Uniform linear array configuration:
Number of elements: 12
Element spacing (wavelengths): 0.25
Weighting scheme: exponential
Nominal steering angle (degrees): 60
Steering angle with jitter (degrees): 60.95
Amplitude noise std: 0.05
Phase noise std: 0.05

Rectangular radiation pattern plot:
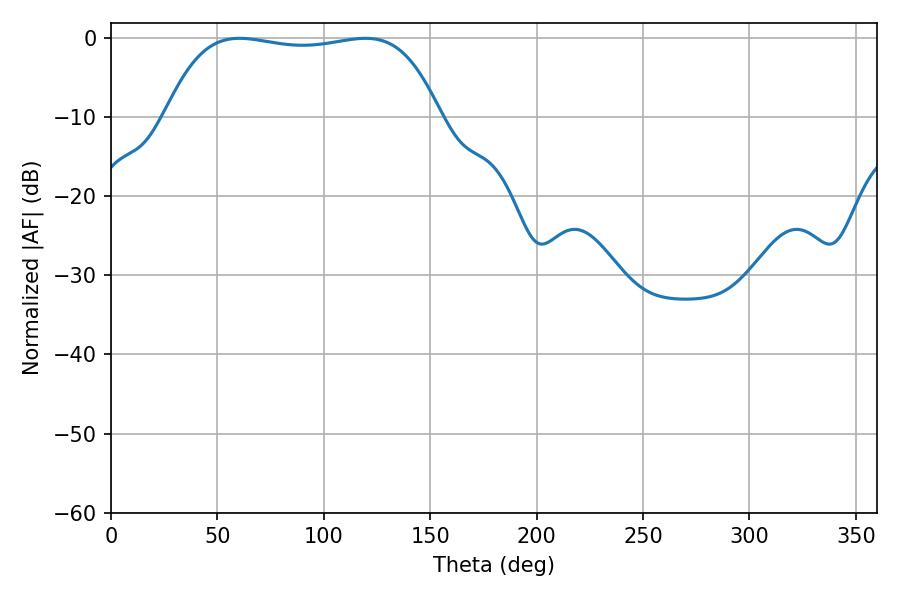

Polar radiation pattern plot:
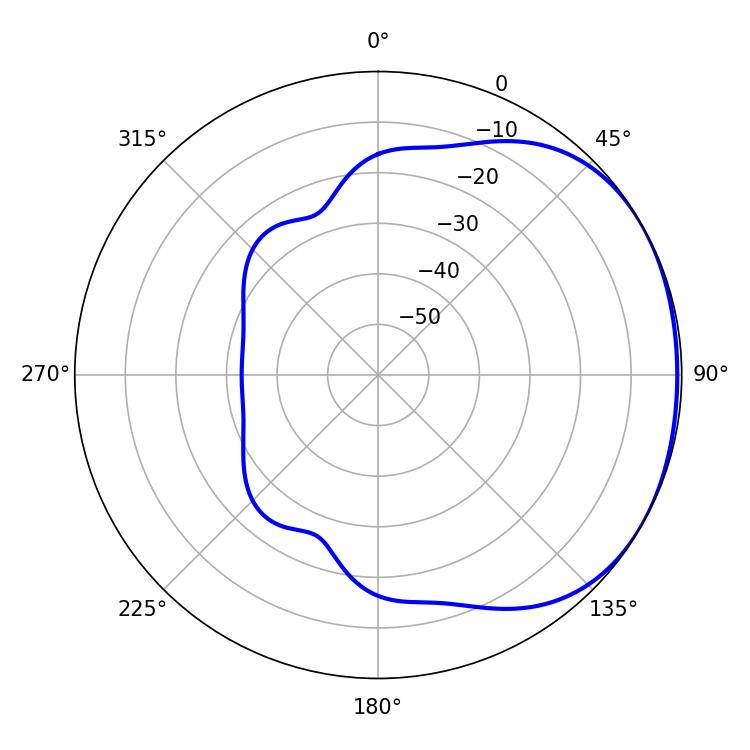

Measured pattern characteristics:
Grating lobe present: FALSE
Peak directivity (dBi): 1.395
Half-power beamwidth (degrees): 102.24
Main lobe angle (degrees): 60.48